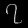
Digit: ၇